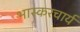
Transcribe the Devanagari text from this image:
भास्करचार्य